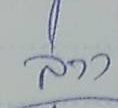
ล่าง